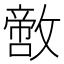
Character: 𪯙